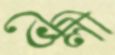
ভেলী